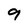
Character: 9